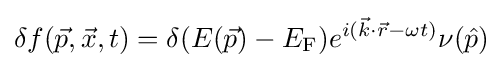
\delta f({\vec {p}},{\vec {x}},t)=\delta (E({\vec {p}})-E_{\rm {F}})e^{i({\vec {k}}\cdot {\vec {r}}-\omega t)}\nu ({\hat {p}})